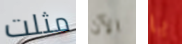
مثلت الآن يا